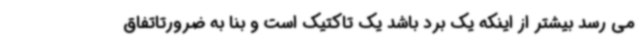
می رسد بیشتر از اینکه یک برد باشد یک تاکتیک است و بنا به ضرورتاتفاق